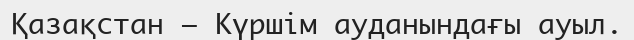
Қазақстан — Күршім ауданындағы ауыл.